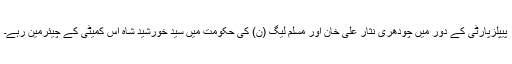
پیپلزپارٹی کے دور میں چودھری نثار علی خان اور مسلم لیگ (ن) کی حکومت میں سید خورشید شاہ اس کمیٹی کے چیئرمین رہے۔